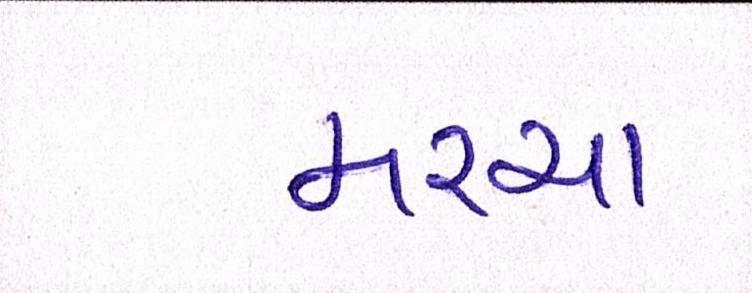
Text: મરચા